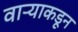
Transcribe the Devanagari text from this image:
वाऱ्याकडून